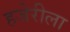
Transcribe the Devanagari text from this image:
हजेरीला